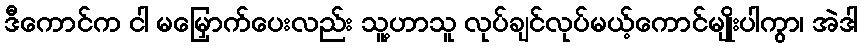
ဒီကောင်က ငါ မမြှောက်ပေးလည်း သူ့ဟာသူ လုပ်ချင်လုပ်မယ့်ကောင်မျိုးပါကွာ၊ အဲဒါ